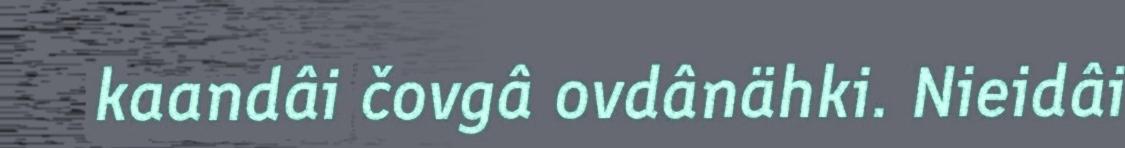
kaandâi čovgâ ovdânähki. Nieidâi